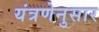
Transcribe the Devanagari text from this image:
यंत्रणेनुसार